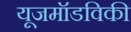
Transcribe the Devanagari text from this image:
यूजमॉडविकी